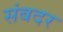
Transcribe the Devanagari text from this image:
संबदर